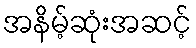
အနိမ့်ဆုံးအဆင့်